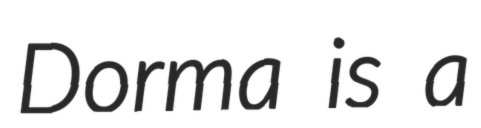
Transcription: Dorma is a